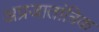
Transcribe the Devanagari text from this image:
अप्रजातांत्रिक